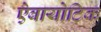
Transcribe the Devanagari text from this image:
ऐबायोटिक